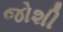
જોશી